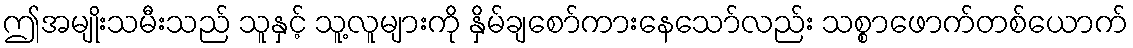
ဤအမျိုးသမီးသည် သူနှင့် သူ့လူများကို နှိမ်ချစော်ကားနေသော်လည်း သစ္စာဖောက်တစ်ယောက်